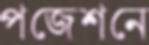
পজেশনে